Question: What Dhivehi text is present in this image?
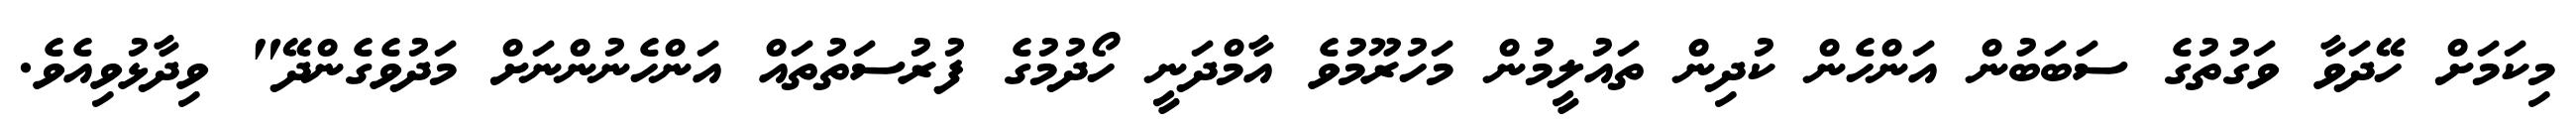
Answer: މިކަމަށް ހޭދަވާ ވަގުތުގެ ސަބަބުން އަންހެން ކުދިން ތައުލީމުން މަހުރޫމުވެ އާމްދަނީ ހޯދުމުގެ ފުރުސަތުތައް އަންހެނުންނަށް މަދުވެގެންދޭ" ވިދާޅުވިއެވެ.